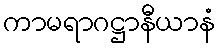
ကာမရာဂဋ္ဌာနီယာနံ